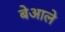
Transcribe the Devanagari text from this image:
बेआले